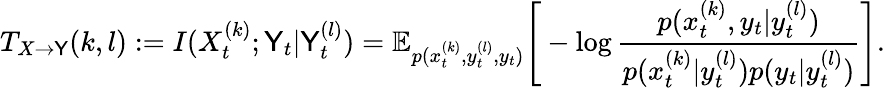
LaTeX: T_{X\rightarrow\mathsf{Y}}(k,l):=I(X_{t}^{(k)};\mathsf{Y}_{t}|\mathsf{Y}_{t}^{(l)})=\mathbb{{E}}_{p(x_{t}^{(k)},y_{t}^{(l)},y_{t})}\Bigg[-\log\frac{{p(x_{t}^{(k)},y_{t}|y_{t}^{(l)})}}{{p(x_{t}^{(k)}|y_{t}^{(l)})p(y_{t}|y_{t}^{(l)})}}\Bigg].